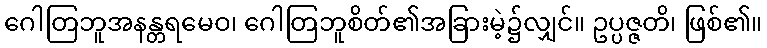
ဂေါတြဘူအနန္တရမေဝ၊ ဂေါတြဘူစိတ်၏အခြားမဲ့၌လျှင်။ ဥပ္ပဇ္ဇတိ၊ ဖြစ်၏။